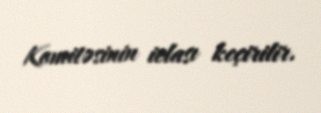
Komitəsinin iclası keçirilir.